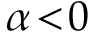
\alpha \! < \! 0